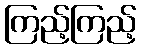
ကြည့်ကြည့်